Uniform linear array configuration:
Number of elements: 64
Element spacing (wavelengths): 1
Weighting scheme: hann
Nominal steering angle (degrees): -60
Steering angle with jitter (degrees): -61.732
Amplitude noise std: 0.05
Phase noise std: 0.05

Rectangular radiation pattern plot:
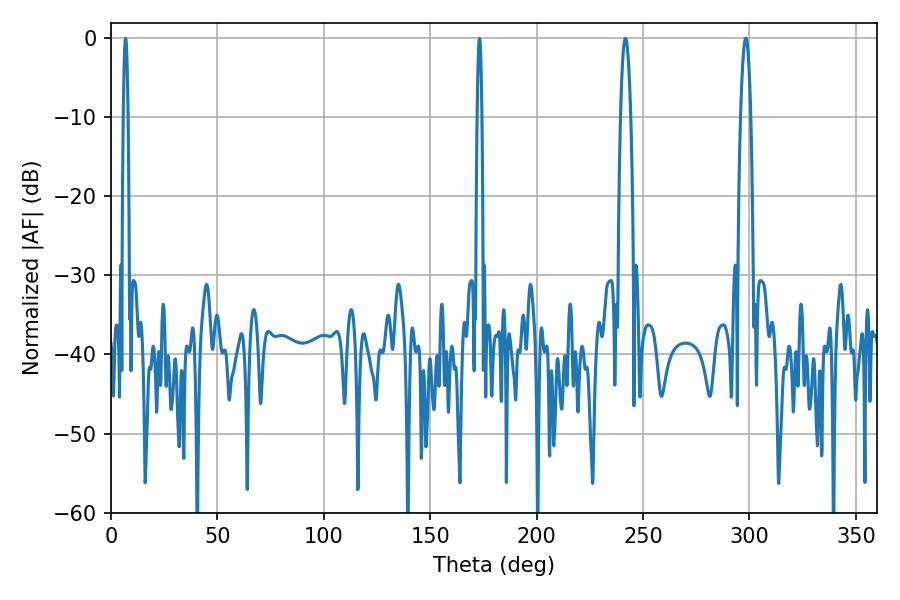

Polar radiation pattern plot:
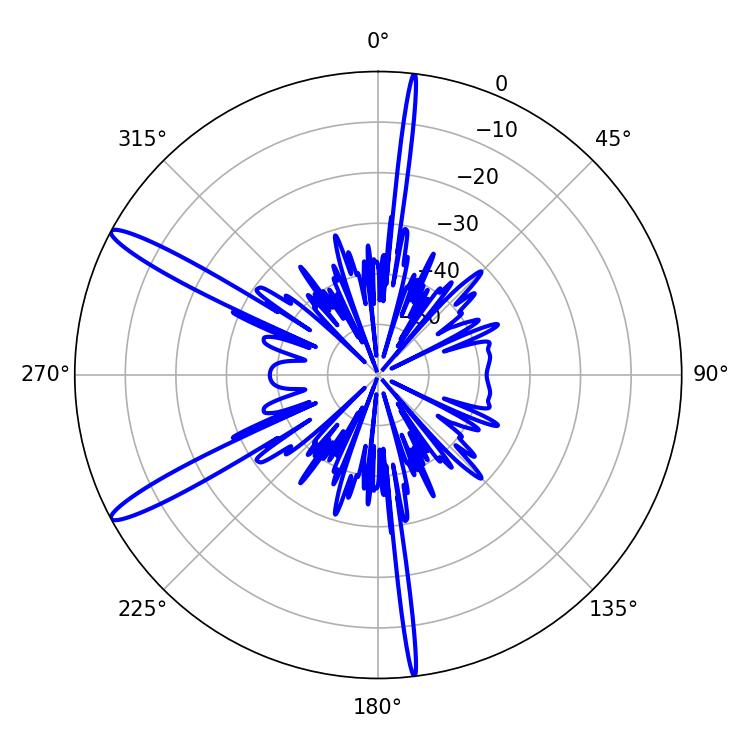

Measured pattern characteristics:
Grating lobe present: TRUE
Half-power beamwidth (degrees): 2.52
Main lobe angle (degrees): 298.26